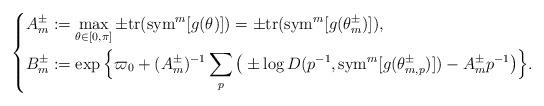
LaTeX: \begin{align*}\left\{\begin{aligned}A_m^{\pm}& :=\max_{\theta\in[0,\pi]}\pm {\rm tr}({\rm sym}^m[g(\theta)])=\pm{\rm tr}({\rm sym}^m[g(\theta_m^{\pm})]),\\B_m^{\pm}& := \exp\Big\{\varpi_0+(A_m^{\pm})^{-1}\sum_p\big(\pm\log D(p^{-1},{\rm sym}^m[g(\theta_{m,p}^\pm)])-A_m^{\pm}p^{-1}\big)\Big\}.\end{aligned}\right.\end{align*}